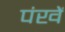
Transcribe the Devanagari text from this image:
पंखें